Leprosy in India: report of the Leprosy Commission in India, 1890-91
Year: 1890
Disease focus: Leprosy
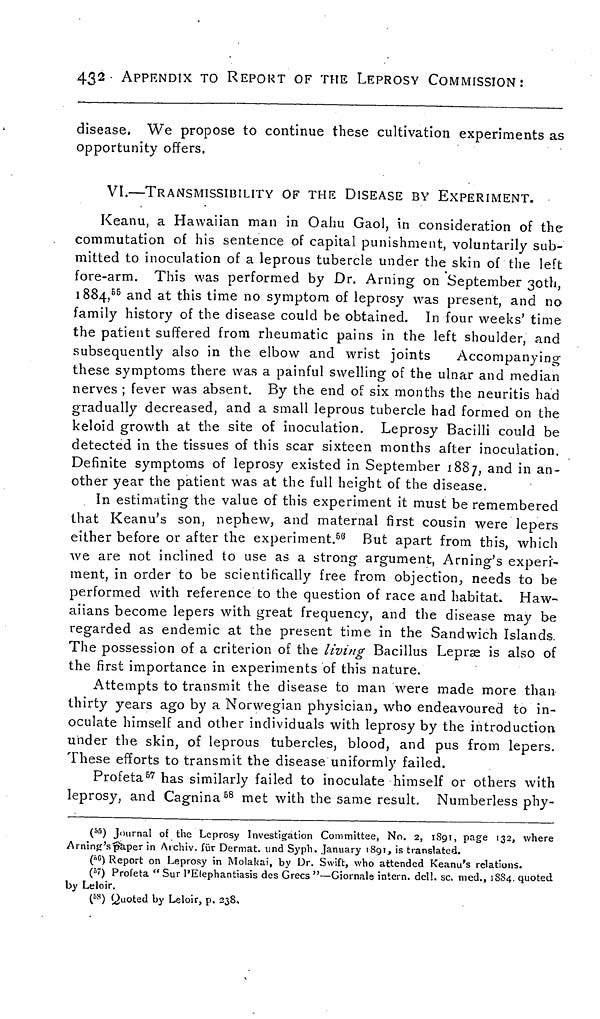
432
APPENDIX TO REPORT OF THE LEPROSY COMMISSION:
disease. We propose to continue these cultivation experiments as
opportunity offers,
VI.—TRANSMISSIBILITY OF THE DISEASE BY EXPERIMENT.
Keanu, a Hawaiian man in Oahu Gaol, in consideration of the
commutation of his sentence of capital punishment, voluntarily sub-
mitted to inoculation of a leprous tubercle under the skin of the left
fore-arm. This was performed by Dr. Arning on September 30th,
1884, 55 and at this time no symptom of leprosy was present, and no
family history of the disease could be obtained. In four weeks' time
the patient suffered from rheumatic pains in the left shoulder, and
subsequently also in the elbow and wrist joints
Accompanying
these symptoms there was a painful swelling of the ulnar and median
nerves ; fever was absent. By the end of six months the neuritis had
gradually decreased, and a small leprous tubercle had formed on the
keloid growth at the site of inoculation. Leprosy Bacilli could be
detected in the tissues of this scar sixteen months after inoculation.
Definite symptoms of leprosy existed in September 1887, and in an-
other year the patient was at the full height of the disease.
In estimating the value of this experiment it must be remembered
that Keanu's son, nephew, and maternal first cousin were lepers
either before or after the experiment. 50 But apart from this, which
we are not inclined to use as a strong argument, Arning's experi-
ment, in order to be scientifically free from objection, needs to be
performed with reference to the question of race and habitat. Haw-
aiians become lepers with great frequency, and the disease may be
regarded as endemic at the present time in the Sandwich Islands.
The possession of a criterion of the living Bacillus Lepræ is also of
the first importance in experiments of this nature.
Attempts to transmit the disease to man were made more than
thirty years ago by a Norwegian physician, who endeavoured to in-
oculate himself and other individuals with leprosy by the introduction
under the skin, of leprous tubercles, blood, and pus from lepers.
These efforts to transmit the disease uniformly failed.
Profeta 57 has similarly failed to inoculate himself or others with
leprosy, and Cagnina 58 met with the same result. Numberless phy-
( 55 ) Journal of the Leprosy Investigation Committee, No. 2, 1891, page 132, where
Arning's paper in Archiv. für Dermat. und Syph. January 1891, is translated.
( 56 ) Report on Leprosy in Molakai, by Dr. Swift, who attended Keanu's relations.
( 57 ) Profeta " Sur l'Elephantiasis des Grecs "—Giornale intern. dell. sc. med., 18S4. quoted
by Leloir.
( 58 ) Quoted by Leloir, p. 238,